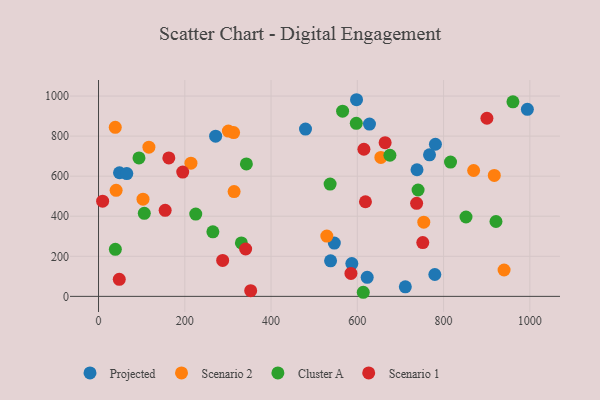
{"axis": {"x": "Speed", "y": "Profit"}, "legend": ["Cluster A", "Projected", "Scenario 1", "Scenario 2"], "data": [{"x": "546.7", "y": 265.8, "type": "Projected"}, {"x": "738.4", "y": 632.0, "type": "Projected"}, {"x": "538.0", "y": 177.4, "type": "Projected"}, {"x": "781.1", "y": 759.3, "type": "Projected"}, {"x": "711.3", "y": 47.4, "type": "Projected"}, {"x": "767.4", "y": 706.3, "type": "Projected"}, {"x": "994.3", "y": 933.6, "type": "Projected"}, {"x": "587.3", "y": 163.5, "type": "Projected"}, {"x": "271.5", "y": 799.5, "type": "Projected"}, {"x": "779.7", "y": 109.1, "type": "Projected"}, {"x": "48.6", "y": 617.1, "type": "Projected"}, {"x": "628.2", "y": 859.8, "type": "Projected"}, {"x": "598.2", "y": 981.6, "type": "Projected"}, {"x": "622.9", "y": 94.9, "type": "Projected"}, {"x": "65.5", "y": 613.0, "type": "Projected"}, {"x": "479.9", "y": 835.2, "type": "Projected"}, {"x": "917.6", "y": 603.9, "type": "Scenario 2"}, {"x": "869.7", "y": 628.3, "type": "Scenario 2"}, {"x": "754.1", "y": 370.5, "type": "Scenario 2"}, {"x": "313.2", "y": 817.5, "type": "Scenario 2"}, {"x": "40.8", "y": 529.2, "type": "Scenario 2"}, {"x": "38.8", "y": 843.7, "type": "Scenario 2"}, {"x": "940.3", "y": 131.6, "type": "Scenario 2"}, {"x": "214.3", "y": 664.9, "type": "Scenario 2"}, {"x": "654.6", "y": 693.4, "type": "Scenario 2"}, {"x": "301.1", "y": 825.3, "type": "Scenario 2"}, {"x": "116.8", "y": 744.8, "type": "Scenario 2"}, {"x": "529.3", "y": 300.7, "type": "Scenario 2"}, {"x": "314.3", "y": 523.1, "type": "Scenario 2"}, {"x": "103.1", "y": 485.1, "type": "Scenario 2"}, {"x": "225.4", "y": 410.6, "type": "Cluster A"}, {"x": "597.6", "y": 863.6, "type": "Cluster A"}, {"x": "331.2", "y": 266.8, "type": "Cluster A"}, {"x": "675.6", "y": 704.5, "type": "Cluster A"}, {"x": "816.1", "y": 670.6, "type": "Cluster A"}, {"x": "93.8", "y": 690.9, "type": "Cluster A"}, {"x": "921.5", "y": 373.6, "type": "Cluster A"}, {"x": "740.9", "y": 531.0, "type": "Cluster A"}, {"x": "265.1", "y": 322.4, "type": "Cluster A"}, {"x": "106.1", "y": 414.4, "type": "Cluster A"}, {"x": "565.9", "y": 924.3, "type": "Cluster A"}, {"x": "613.8", "y": 20.4, "type": "Cluster A"}, {"x": "852.0", "y": 396.1, "type": "Cluster A"}, {"x": "536.9", "y": 560.7, "type": "Cluster A"}, {"x": "342.8", "y": 661.0, "type": "Cluster A"}, {"x": "39.0", "y": 234.6, "type": "Cluster A"}, {"x": "960.8", "y": 971.0, "type": "Cluster A"}, {"x": "615.3", "y": 734.3, "type": "Scenario 1"}, {"x": "9.5", "y": 475.0, "type": "Scenario 1"}, {"x": "195.2", "y": 620.2, "type": "Scenario 1"}, {"x": "585.2", "y": 114.7, "type": "Scenario 1"}, {"x": "154.5", "y": 429.5, "type": "Scenario 1"}, {"x": "352.8", "y": 28.5, "type": "Scenario 1"}, {"x": "737.5", "y": 464.3, "type": "Scenario 1"}, {"x": "163.0", "y": 691.1, "type": "Scenario 1"}, {"x": "900.5", "y": 889.2, "type": "Scenario 1"}, {"x": "664.5", "y": 767.3, "type": "Scenario 1"}, {"x": "341.1", "y": 236.4, "type": "Scenario 1"}, {"x": "48.1", "y": 84.8, "type": "Scenario 1"}, {"x": "287.8", "y": 179.3, "type": "Scenario 1"}, {"x": "618.9", "y": 472.2, "type": "Scenario 1"}, {"x": "751.8", "y": 268.4, "type": "Scenario 1"}]}